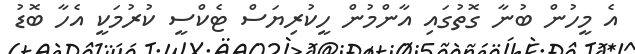
އެ މީހުން ބުނާ ގޮތުގައި އާންމުން ހީކުރިޔަސް ޓެކްސީ ކުރުމަކީ އެހާ ބޮޑު